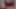
س